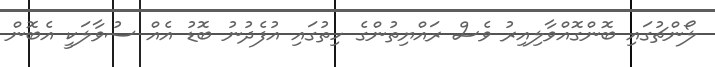
ލޯންޗުގައި ބޮންގޮއްވާލިއިރު ވެސް ރައްޔިތުންގެ ހިތުގައި އުފެދުނު ބޮޑު އެއް ސުވާލަކީ އެބޮން